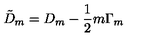
{ \tilde { D } } _ { m } = D _ { m } - \frac { 1 } { 2 } m \Gamma _ { m }